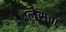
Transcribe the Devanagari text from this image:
लेंसचा